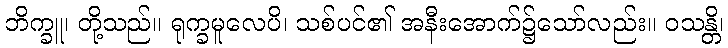
ဘိက္ခူ၊ တို့သည်။ ရုက္ခမူလေပိ၊ သစ်ပင်၏ အနီးအောက်၌သော်လည်း။ ဝသန္တိ၊